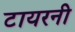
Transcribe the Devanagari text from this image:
टायरनी